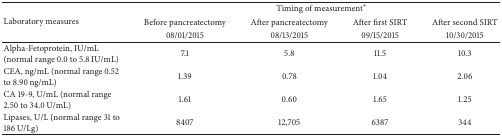
<table><thead><tr><td rowspan="3"><b>Laboratory measures</b></td><td colspan="4"><b>Timing of measurement<sup><i>∗</i></sup></b></td></tr><tr><td><b>Before pancreatectomy</b></td><td><b>After pancreatectomy</b></td><td><b>After first SIRT</b></td><td><b>After second SIRT</b></td></tr><tr><td><b>08/01/2015</b></td><td><b>08/13/2015</b></td><td><b>09/15/2015</b></td><td><b>10/30/2015</b></td></tr></thead><tbody><tr><td>Alpha-Fetoprotein, IU/mL (normal range 0.0 to 5.8 IU/mL)</td><td>7.1</td><td>5.8</td><td>11.5</td><td>10.3</td></tr><tr><td>CEA, ng/mL (normal range 0.52 to 8.90 ng/mL)</td><td>1.39</td><td>0.78</td><td>1.04</td><td>2.06</td></tr><tr><td>CA 19-9, U/mL (normal range 2.50 to 34.0 U/mL)</td><td>1.61</td><td>0.60</td><td>1.65</td><td>1.25</td></tr><tr><td>Lipases, U/L (normal range 31 to 186 U/Lg)</td><td>8407</td><td>12,705</td><td>6387</td><td>344</td></tr></tbody></table>